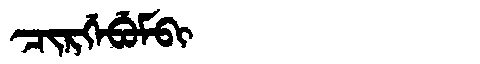
Manchu: ᠴᡳᡵᡤᡝᠪᡠᠮᠪᡳ
Romanization: CIRGEBUMBI